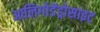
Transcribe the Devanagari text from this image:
आलिगोडेंड्रोसाइट